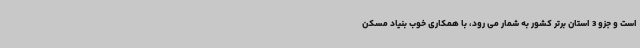
است و جزو 3 استان برتر کشور به شمار می رود، با همکاری خوب بنیاد مسکن